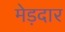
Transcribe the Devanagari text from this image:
मेड़दार